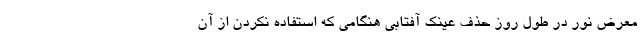
معرض نور در طول روز حذف عینک آفتابی هنگامی که استفاده نکردن از آن